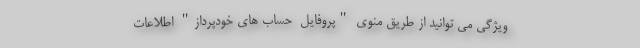
ویژگی می توانید از طریق منوی "پروفایل  حساب های خودپرداز" اطلاعات